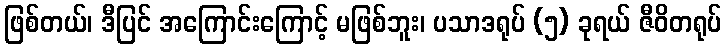
ဖြစ်တယ်၊ ဒီပြင် အကြောင်းကြောင့် မဖြစ်ဘူး၊ ပသာဒရုပ် (၅) ခုရယ် ဇီဝိတရုပ်